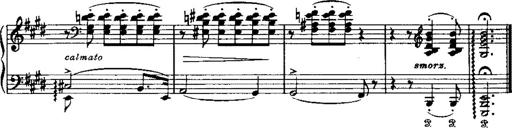
Title: LiebestrÃ¤ume
Composer: Franz Behr
Key: E-flat major